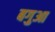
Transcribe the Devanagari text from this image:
बगुआ